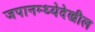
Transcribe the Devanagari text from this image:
जपानम्ध्येदेखील